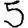
Digit: 5